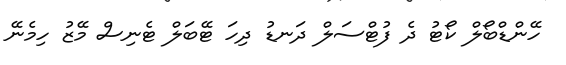
ހޭންޑްބޯލް ކޯޓު ދެ ފުޓްސަލް ދަނޑު ދިހަ ޓޭބަލް ޓެނިސް މޭޒު ހިމެނޭ